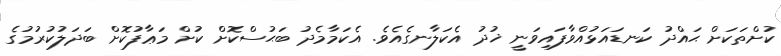
ކުށްތަކަށް ޙައްދު ކަނޑައަޅުއްވާފައިވަނީ ޚުދު އެކަލާނގެއެވެ. އެކަމާމެދު ބަޙުސްކޮށް ކުށް މަޢާފުކޮށް ބަދަލުކުރުމުގެ